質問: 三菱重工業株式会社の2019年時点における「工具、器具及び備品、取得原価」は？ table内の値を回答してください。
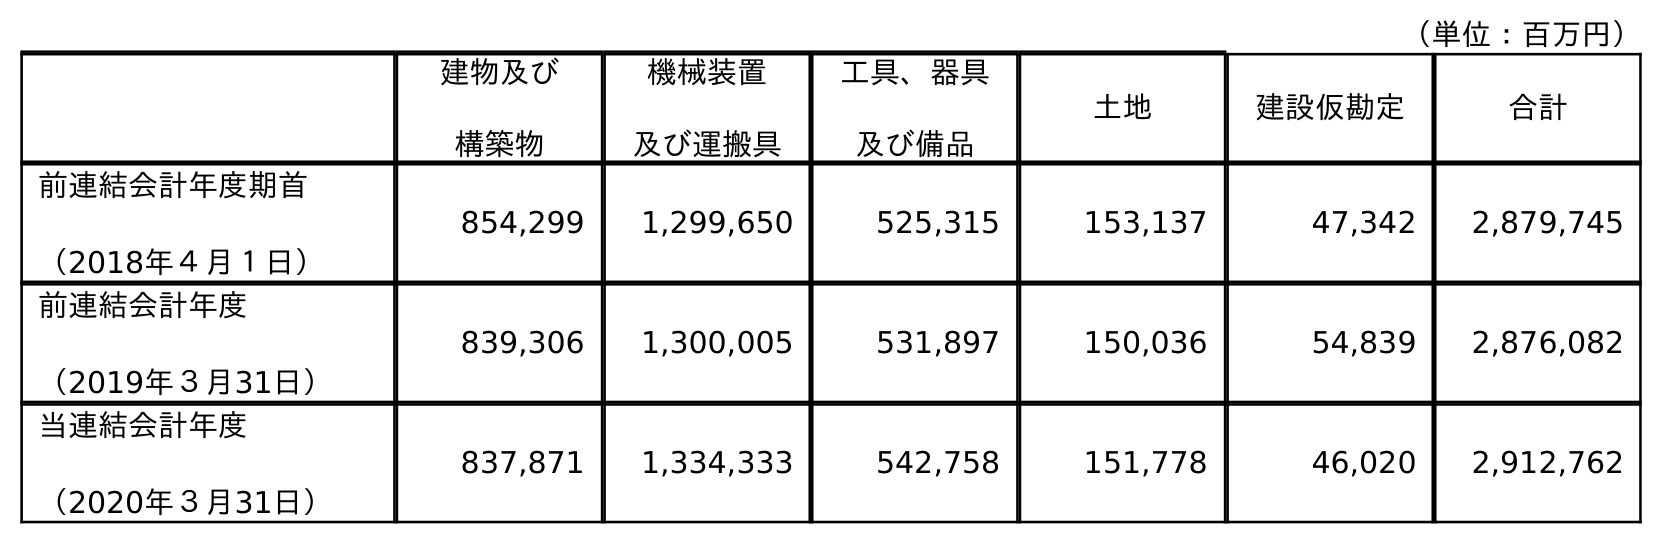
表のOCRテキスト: （単位：百万円） 建物及び 構築物 機械装置 及び運搬具 工具、器具 及び備品 土地 建設仮勘定 合計 前連結会計年度期首 （2018年４月１日） 854,299 1,299,650 525,315 153,137 47,342 2,879,745 前連結会計年度 （2019年３月31日） 839,306 1,300,005 531,897 150,036 54,839 2,876,082 当連結会計年度 （2020年３月31日） 837,871 1,334,333 542,758 151,778 46,020 2,912,762
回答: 531,897